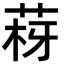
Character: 𦰳